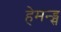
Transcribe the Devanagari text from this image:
हेमन्ड्स